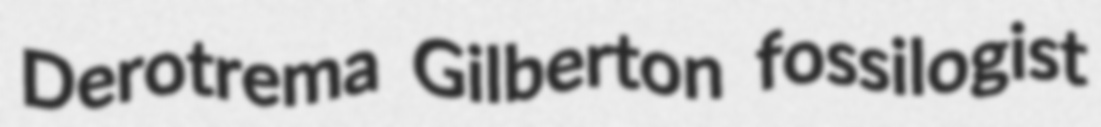
Derotrema Gilberton fossilogist